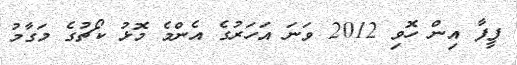
ފީފާ އިން ހޮވި 2012 ވަނަ އަހަރުގެ އެންމެ މޮޅު ކޯޗުގެ މަގާމު